Annual administration report of the Civil Veterinary Department of India - 1898-1899
Year: 1898
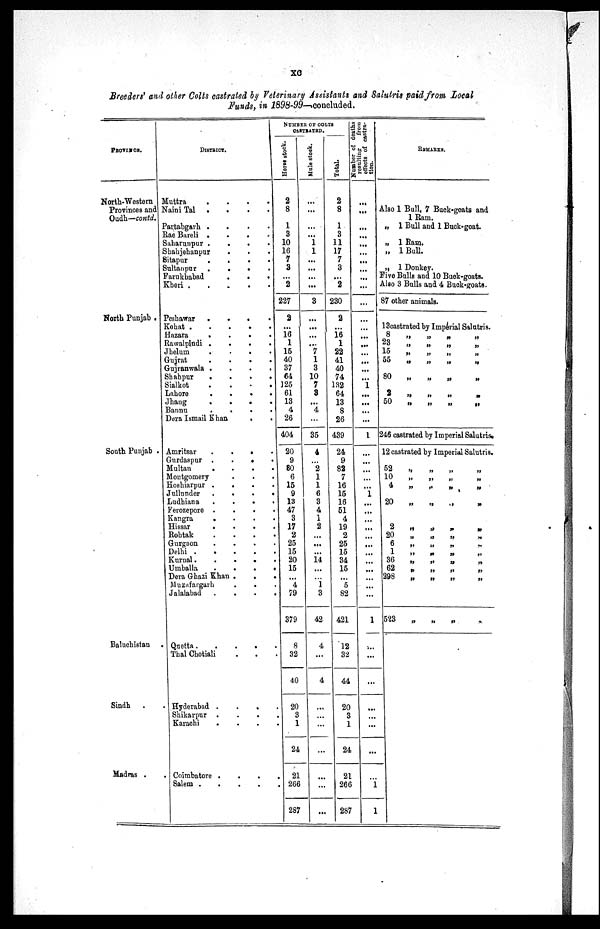
xc
Breeders' and other Colts castrated by Veterinary Assistants and Salutris paid from Local
Funds, in 1898-99—concluded.
PROVINCE.
North-Western
Provinces and
Oudh—contd.
North Punjab .
South Punjab .
Baluchistan .
Sindh . .
Madras . .
DISTRICT.
Muttra
.
.
.
.
Naini Tal . . . .
Partabgarh .
.
.
.
Rae Bareli . . . .
Saharunpur .
.
.
.
Shahjehanpur . . .
Sitapur . . . .
Sultanpur . . . .
Farukhabad
.
.
.
Kheri .
.
.
.
.
Peshawar . . . .
Kohat .
.
.
.
.
Hazara
.
.
.
.
Rawalpindi .
.
.
.
Jhelum
.
.
.
.
Gujrat
.
.
.
.
Gujranwala .
.
.
.
Shahpur
.
.
.
.
Sialkot
.
.
.
.
Lahore
.
.
.
.
Jhang
.
.
.
.
Bannu
.
.
.
.
Dera Ismail Khan . .
Amritsar
.
.
.
.
Gurdaspur .
.
.
.
Multan
.
.
.
.
Montgomery . . .
Hoshiarpur .
.
.
.
Jullunder
.
.
.
.
Ludhiana
.
.
.
.
Ferozepore .
.
.
.
Kangra
.
.
.
.
Hissar
.
.
.
.
Rohtak
.
.
.
.
Gurgaon
.
.
.
.
Delhi
Kurnal.
.
.
.
.
Umballa
.
.
.
.
Dera Ghazi Khan .
.
.
Muzafargarh . . .
Jalalabad
.
.
.
.
Quetta. . . . .
Thal Chotiali . . .
Hyderabad . . . .
Shikarpur
.
.
.
.
Karachi . . . .
Coimbatore . . . .
Salem . . . . .
NUMBER OF COLTS
CASTRATED.
Horse
stoct.
2
8
1
3
10
16
7
3
...
2
227
2
...
16
1
15
40
37
64
125
61
13
4
26
404
20
9
80
6
15
9
13
47
3
17
2
25
15
20
15
...
4
79
379
8
32
40
20
3
1
24
21
266
287
Male stock.
...
...
...
...
1
1
...
...
...
...
3
...
...
...
...
7
1
3
10
7
3
...
4
...
35
4
...
2
1
1
6
3
4
1
2
...
...
...
14
...
...
1
3
42
4
...
4
...
...
...
...
...
...
...
Total.
2
8
1
3
11
17
7
3
...
2
230
2
...
16
1
22
41
40
74
132
64
13
8
26
439
24
9
82
7
16
15
16
51
4
19
2
25
15
34
15
...
5
82
421
12
32
44
20
3
1
24
21
266
287
Number of deaths
resulting
from
effects of castra-
tion.
...
...
...
...
...
...
...
...
...
...
...
...
...
...
...
...
...
...
...
1
...
...
...
...
1
...
...
...
...
...
1
...
...
...
...
...
...
...
...
...
...
...
...
1
...
...
...
...
...
...
...
...
1
1
REMARKS.
Also 1 Bull, 7 Buck-goats and
1 Ram.
„ 1 Bull and 1 Buck-goat.
„ 1 Ram.
„ l Bull.
„ 1 Donkey.
Five Bulls and 10 Buck-goats.
Also 3 Bulls and 4 Buck-goats.
87 other animals.
13castrated by Imperial Salutris.
8 „ „ „ „
23
„
„
„
„
15 „ „ „ „
55 „ „ „ „
80 „ „ „ „
2 „ „ „ „
50 „ „ „ „
246 castrated by Imperial Salutris.
12 castrated by Imperial Salutris.
52 „ „ „ „
10 „ „ „ „
4 „ „ „ „
20 „ „ „ „
2 „ „ „ „
20 „ „ „ „
6 „ „ „ „
1 „ „ „ „
36 „ „ „ „
62 „ „ „ „
298 „ „ „ „
523
„
„
„
„